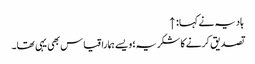
ہادیہ نے کہا: ↑
تصدیق کرنے کا شکریہ؛ ویسے ہمارا قیاس بھی یہی تھا۔